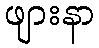
ဖျားနာ